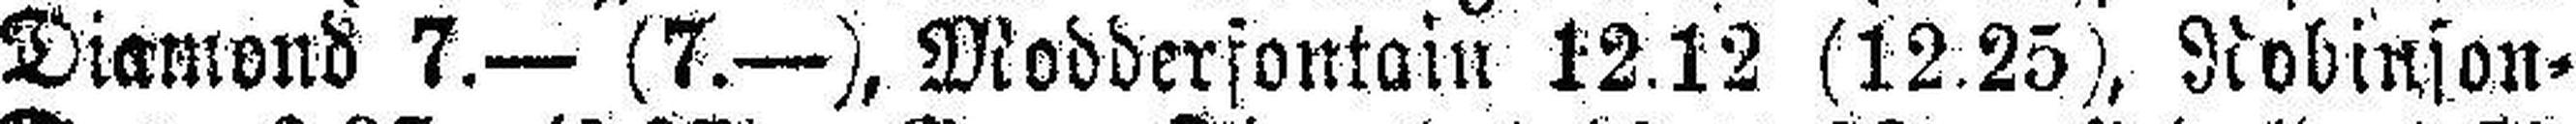
Diamond 7.— (7.—), Modderfontain 12.12 (12.25), Robinson=